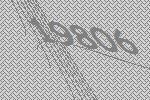
19806